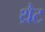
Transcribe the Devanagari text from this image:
थ्रैट